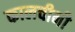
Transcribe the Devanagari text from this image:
कालचीनी